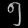
Digit: ၅